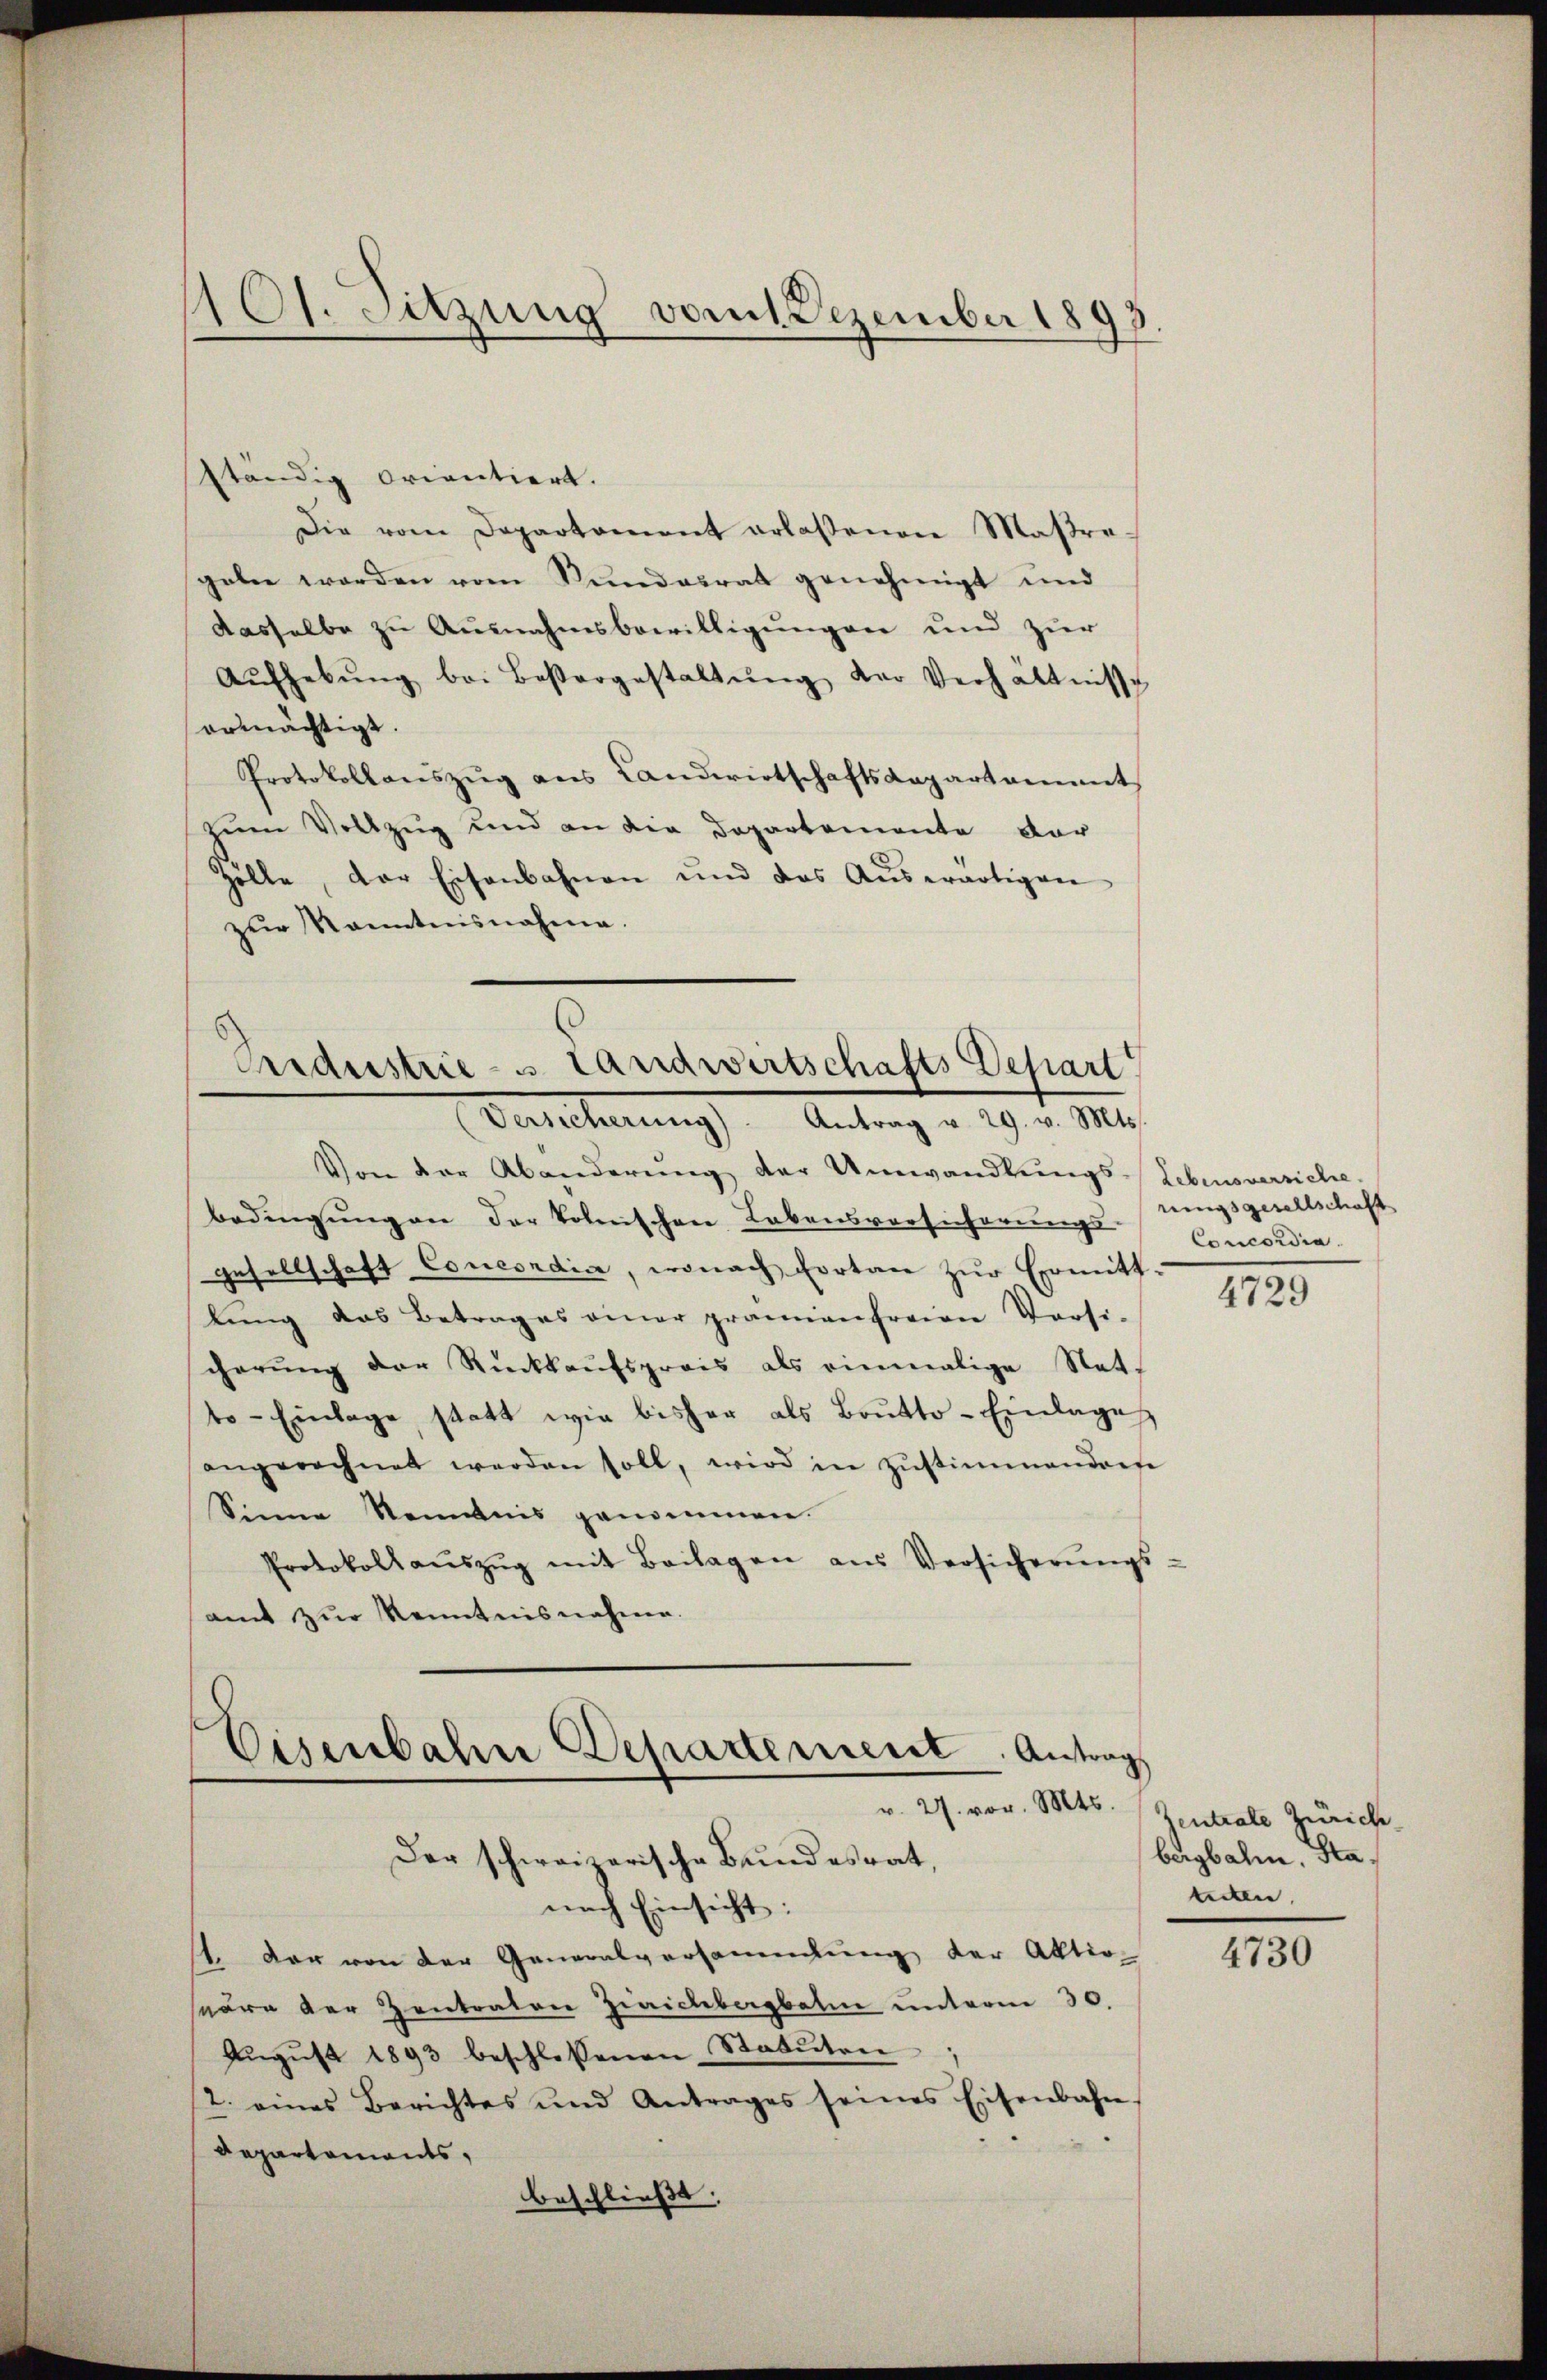
101. Sitzung vom 1. Dezember 1893.

ständig orientiert.
Die vom Departament erlassenen Maßregeben worden vom Sŭndesrat genehmigt und
dasselbe zu Ausnahmsbewilligungen und zur
Aŭfhebŭng bei Besorgestaltŭng der Verhältnisse
ermächtigt.
Protokollanszŭg ans Landwirtschaftsdepartament
dem Vollzug und an der Departemente vor
Zölle, der Eisenbahnen und das Aŭswärtigen
zŭr Kenntnisnahme.

Eidustrie - Landwirtschafts Depart
(Versicherung). Antrag v. 29. v. Mts.

Bedingung an der Volenschen Lebensvorsicherungs-
gesellschaft Concondia, wonach fortan zur Ermitt-
lŭng das Betrages einer prämienfreien Versi-
cherŭng der Rückkaŭfspreis als einmalige Nat.
to- Einlage, statt wie bisher als Brŭtto- Einlage
angerechnet werden soll, wird in Zŭstimmendense
Sinne Kenntnis genommen.
Protokollaŭszŭg mit Beilagen aus Versicherŭngs-
amt zur Kenntnisnahme.

Eisenbahre Departement. Antrags
v. 27. vor. Mts.
Der schweizerische Bundesrat,

nach Einsicht:
st. Der von der Generalversammlung der Aktio
säre der Zentraten Zirichbergbahn unterm 30.
Aŭgŭst 1893 beschlossenen Statuten
/2. eines Berichtes und Antrages seines Eisenbahn-
Departaments,
beschliesst. |

Von der Abänderŭng der Umwandlŭngs-Lebensversiche,

rungsgesellschaft
Concordia.

4729

Zentrate Zürich
bergbahn. Stateten,

4730